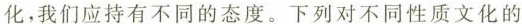
化，我们应持有不同的态度。下列对不同性质文化的